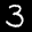
Label: 3